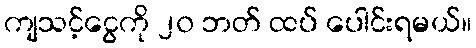
ကျသင့်ငွေကို ၂၀ ဘတ် ထပ် ပေါင်းရမယ်။